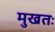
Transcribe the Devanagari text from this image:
मुखतः